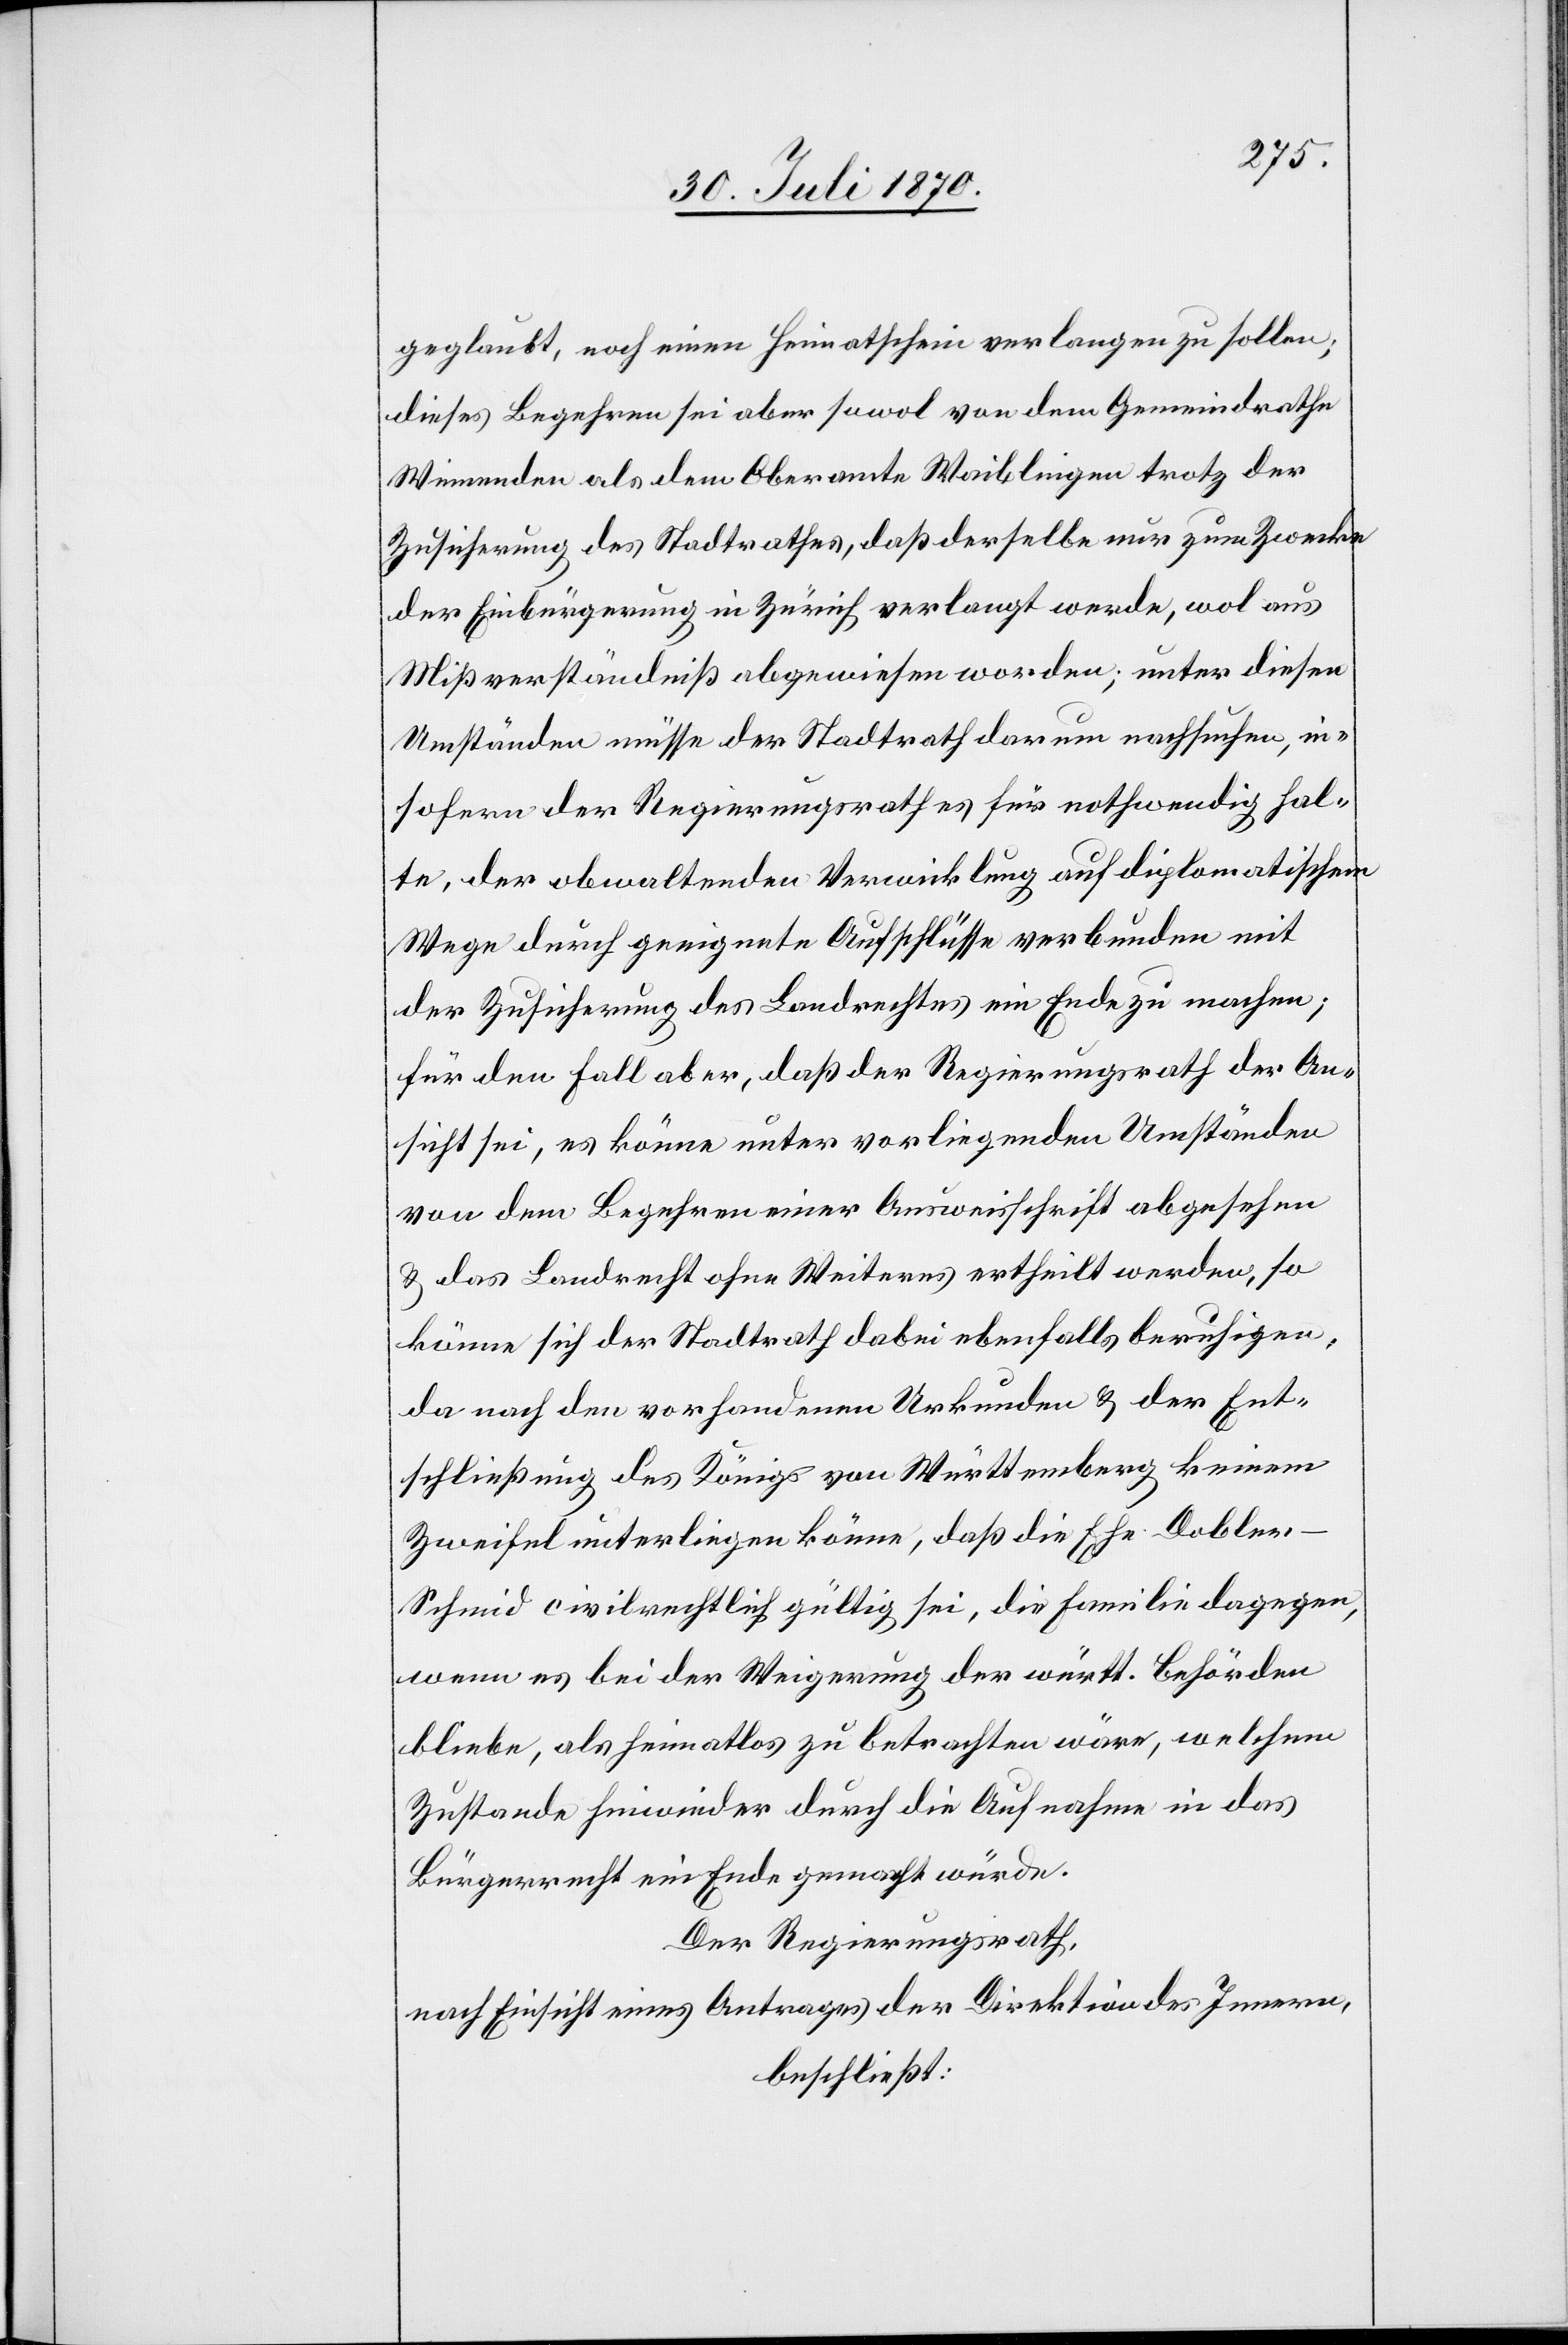
geglaubt, noch einen Heimatschein verlangen zu sollen;
dieses Begehren sei aber sowol von dem Gemeindrathe
Winnenden als dem Oberamte Waiblingen trotz der
Zusicherung des Stadtrathes, daß derselbe nur zum Zwecke
der Einbürgerung in Zürich verlangt werde, wol aus
Mißverständniß abgewiesen worden; unter diesen
Umständen müsse der Stadtrath darum nachsuchen, in¬
sofern der Regierungsrath es für nothwendig hal¬
te, der obwaltenden Verwicklung auf diplomatischem
Wege durch geeignete Aufschlüsse verbunden mit
der Zusicherung des Landrechtes ein Ende zu machen;
für den Fall aber, daß der Regierungsrath der An¬
sicht sei, es könne unter vorliegenden Umständen
von dem Begehren einer Ausweisschrift abgesehen
& das Landrecht ohne Weiteres ertheilt werden, so
könne sich der Stadtrath dabei ebenfalls beruhigen,
da nach den vorhandenen Urkunden & der Ent¬
schließung des Königs von Württemberg keinem
Zweifel unterliegen könne, daß die Ehe Doble¬
r-Schmid civilrechtlich gültig sei, die Familie dagegen,
wenn es bei der Weigerung der württ. Behörden
bliebe, als heimatlos zu betrachten wäre, welchem
Zustande hinwieder durch die Aufnahme in das
Bürgerrecht ein Ende gemacht würde.
Der Regierungsrath,
nach Einsicht eines Antrages der Direktion des Innern,
beschließt: